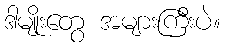
ဒါမျိုးတွေ အများကြီးပဲ။